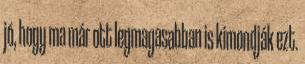
jó, hogy ma már ott legmagasabban is kimondják ezt.